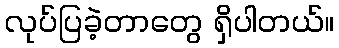
လုပ်ပြခဲ့တာတွေ ရှိပါတယ်။